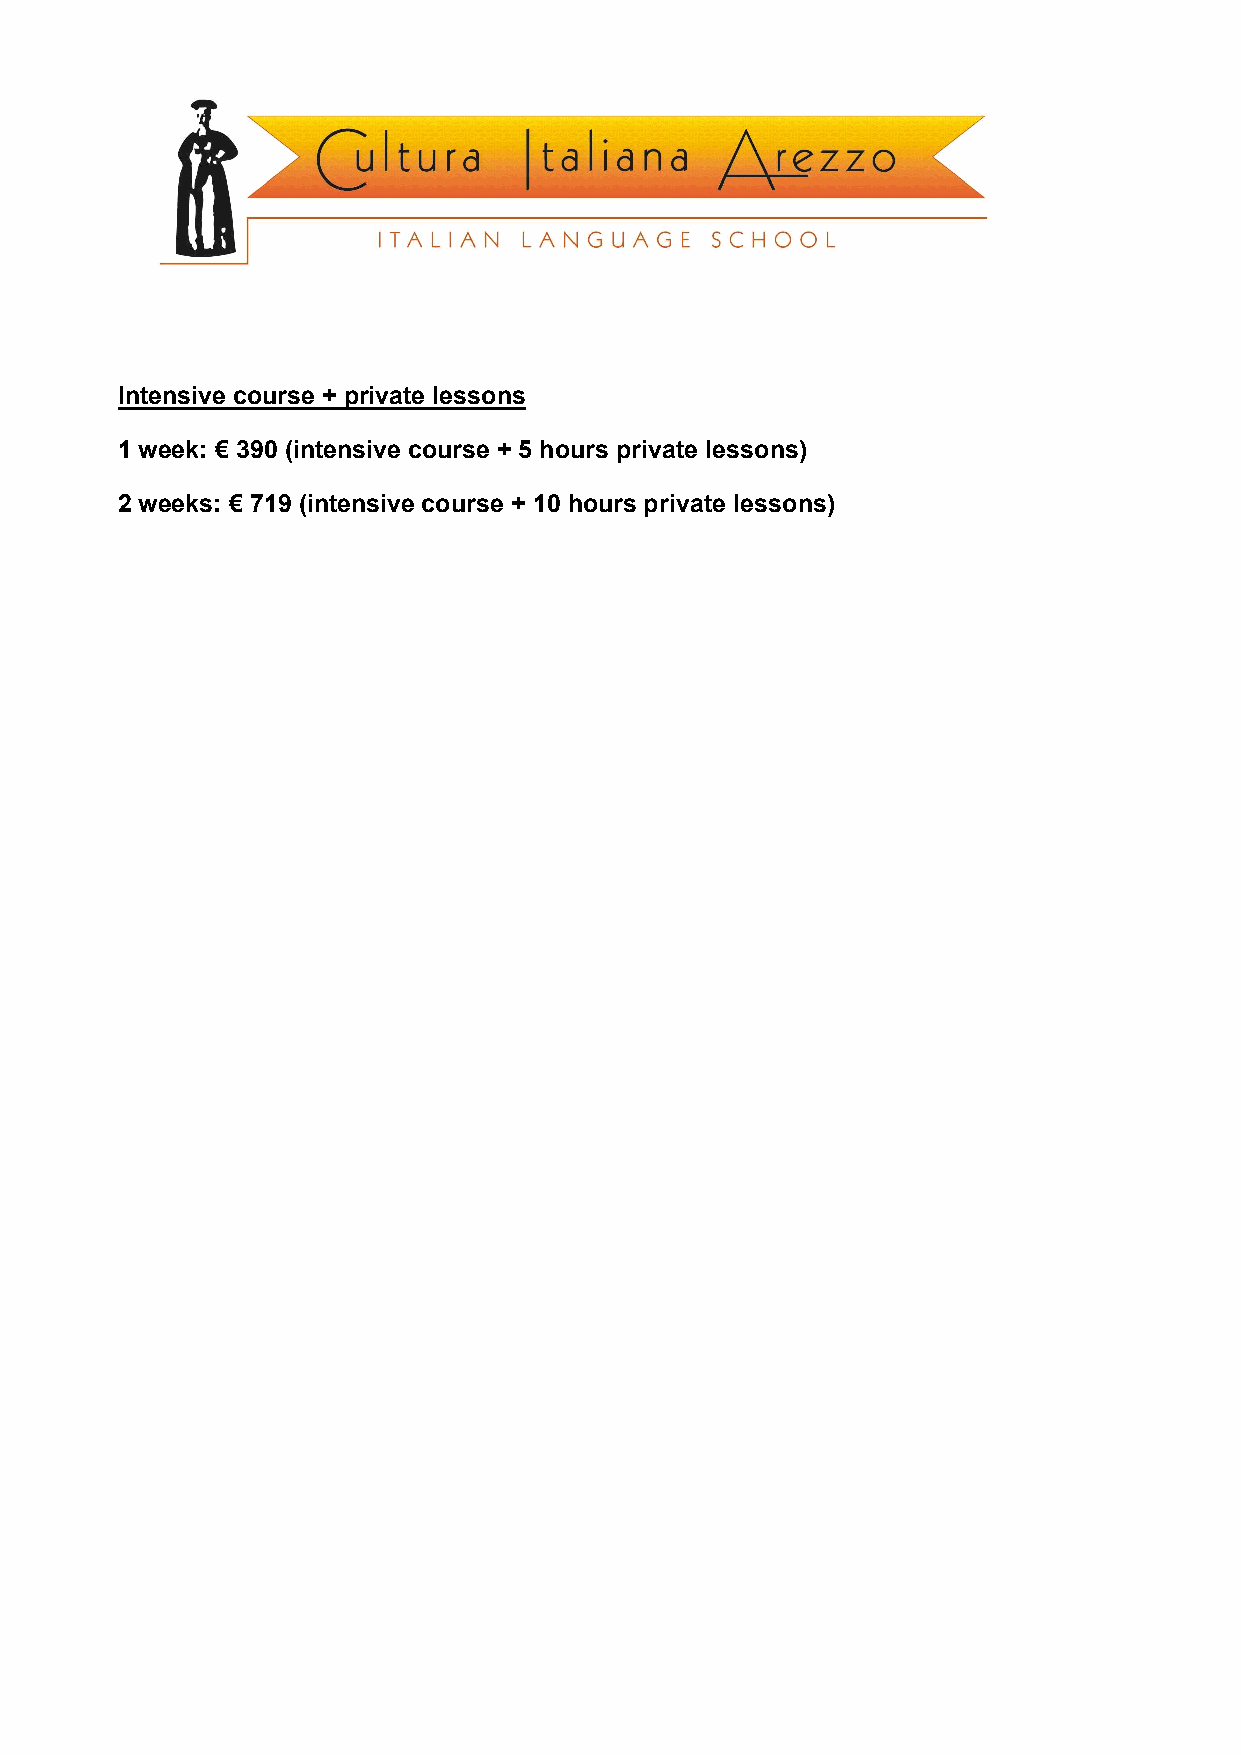
Intensive course + private lessons
 1 week: € 390 (intensive course + 5 hours private lessons)
 2 weeks: € 719 (intensive course + 10 hours private lessons)